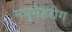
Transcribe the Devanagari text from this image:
मधुमेहरोग